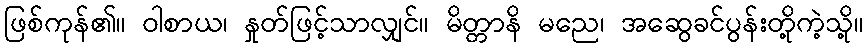
ဖြစ်ကုန်၏။ ဝါစာယ၊ နှုတ်ဖြင့်သာလျှင်။ မိတ္တာနိ မညေ၊ အဆွေခင်ပွန်းတို့ကဲ့သို့။